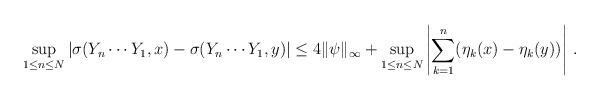
LaTeX: \begin{align*}\sup_{1\le n\le N} |\sigma(Y_n\cdots Y_1,x)-\sigma(Y_n\cdots Y_1,y)|\le 4\|\psi\|_\infty + \sup_{1\le n\le N}\left | \sum_{k=1}^n (\eta_k(x)-\eta_k(y))\right |\, .\end{align*}